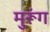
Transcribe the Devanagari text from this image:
मुरूंग